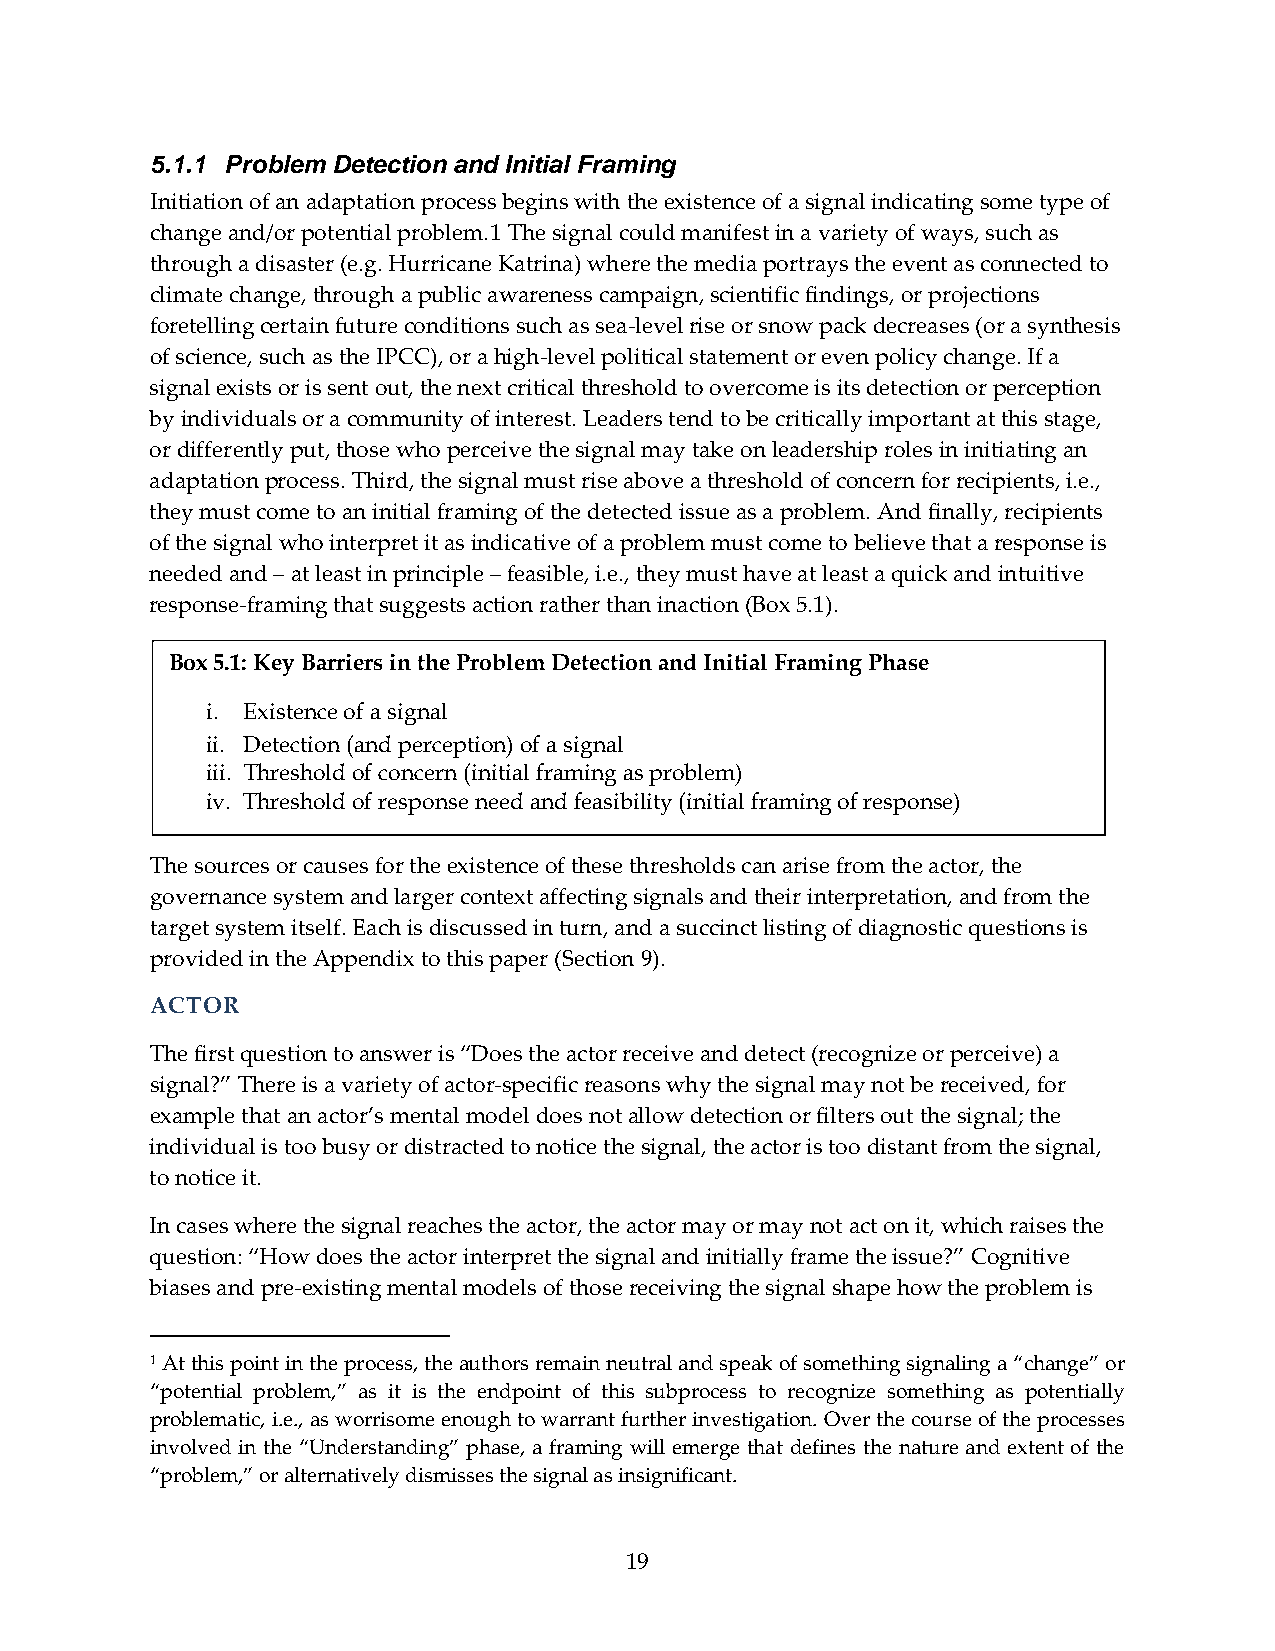
5.1.1 Problem Detection and Initial Framing
 Initiation of an adaptation process begins with the existence of a signal indicating some type of
 change and/or potential problem.1 The signal could manifest in a variety of ways, such as
 through a disaster (e.g. Hurricane Katrina) where the media portrays the event as connected to
 climate change, through a public awareness campaign, scientific findings, or projections
 foretelling certain future conditions such as sea‐level rise or snow pack decreases (or a synthesis
 of science, such as the IPCC), or a high‐level political statement or even policy change. If a
 signal exists or is sent out, the next critical threshold to overcome is its detection or perception
 by individuals or a community of interest. Leaders tend to be critically important at this stage,
 or differently put, those who perceive the signal may take on leadership roles in initiating an
 adaptation process. Third, the signal must rise above a threshold of concern for recipients, i.e.,
 they must come to an initial framing of the detected issue as a problem. And finally, recipients
 of the signal who interpret it as indicative of a problem must come to believe that a response is
 needed and – at least in principle – feasible, i.e., they must have at least a quick and intuitive
 response‐framing that suggests action rather than inaction (Box 5.1).
 Box 5.1: Key Barriers in the Problem Detection and Initial Framing Phase
 i. Existence of a signal
 ii. Detection (and perception) of a signal
 iii. Threshold of concern (initial framing as problem)
 iv. Threshold of response need and feasibility (initial framing of response)
 The sources or causes for the existence of these thresholds can arise from the actor, the
 governance system and larger context affecting signals and their interpretation, and from the
 target system itself. Each is discussed in turn, and a succinct listing of diagnostic questions is
 provided in the Appendix to this paper (Section 9).
 ACTOR
 The first question to answer is “Does the actor receive and detect (recognize or perceive) a
 signal?” There is a variety of actor‐specific reasons why the signal may not be received, for
 example that an actor’s mental model does not allow detection or filters out the signal; the
 individual is too busy or distracted to notice the signal, the actor is too distant from the signal,
 to notice it.
 In cases where the signal reaches the actor, the actor may or may not act on it, which raises the
 question: “How does the actor interpret the signal and initially frame the issue?” Cognitive
 biases and pre‐existing mental models of those receiving the signal shape how the problem is
 1 At this point in the process, the authors remain neutral and speak of something signaling a “change” or
 “potential problem,” as it is the endpoint of this subprocess to recognize something as potentially
 problematic, i.e., as worrisome enough to warrant further investigation. Over the course of the processes
 involved in the “Understanding” phase, a framing will emerge that defines the nature and extent of the
 “problem,” or alternatively dismisses the signal as insignificant.
 19